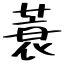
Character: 蓑